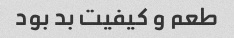
طعم و کیفیت بد بود